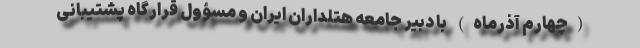
(چهارم آذرماه) با دبیر جامعه هتلداران ایران و مسؤول قرارگاه پشتیبانی